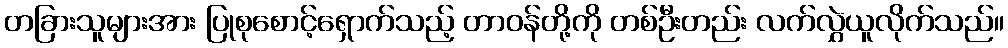
တခြားသူများအား ပြုစုစောင့်ရှောက်သည့် တာဝန်တို့ကို တစ်ဦးတည်း လက်လွှဲယူလိုက်သည်။